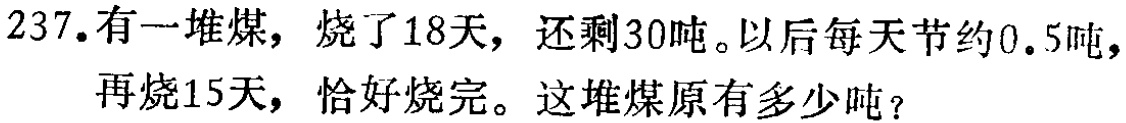
237.有一堆煤，烧了18天，还剩30吨。以后每天节约0.5吨，再烧15天，恰好烧完。这堆煤原有多少吨？